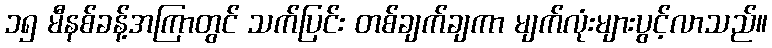
၁၅ မီနစ်ခန့်အကြာတွင် သက်ပြင်း တစ်ချက်ချကာ မျက်လုံးများပွင့်လာသည်။